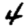
Digit: 4